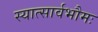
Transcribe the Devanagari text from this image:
स्यात्सार्वभौमः